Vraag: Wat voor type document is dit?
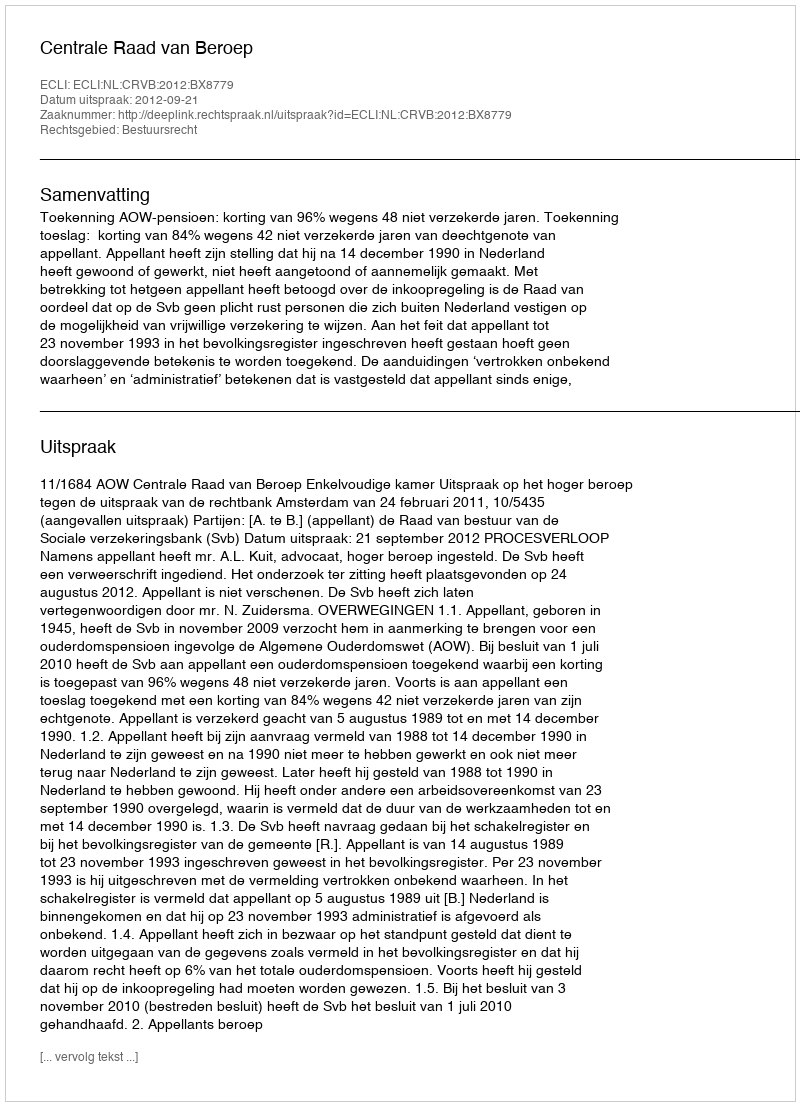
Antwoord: Uitspraak